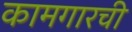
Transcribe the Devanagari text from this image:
कामगारची